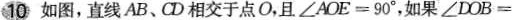
10如图，直线AB、CD相交于点O，且 $$ ∠ AOE = 90°，如果 ∠ DOB $$ =